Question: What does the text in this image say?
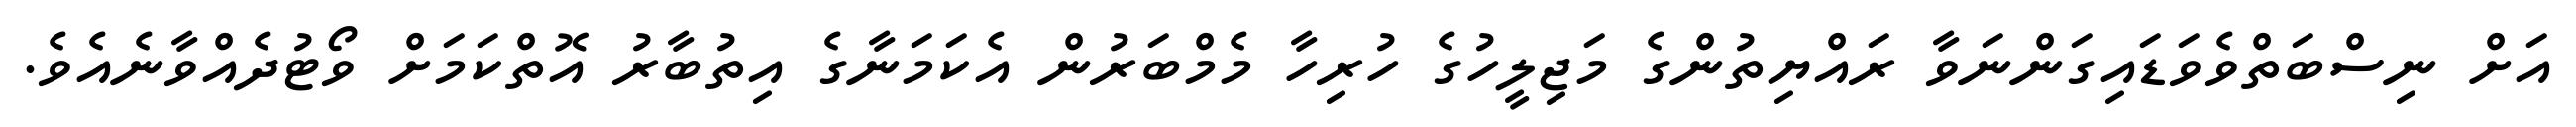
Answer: އަށް ނިސްބަތްވެވަޑައިގަންނަވާ ރައްޔިތުންގެ މަޖިލީހުގެ ހުރިހާ މެމްބަރުން އެކަމަނާގެ އިތުބާރު އޮތްކަމަށް ވޯޓުދެއްވާނެއެވެ.